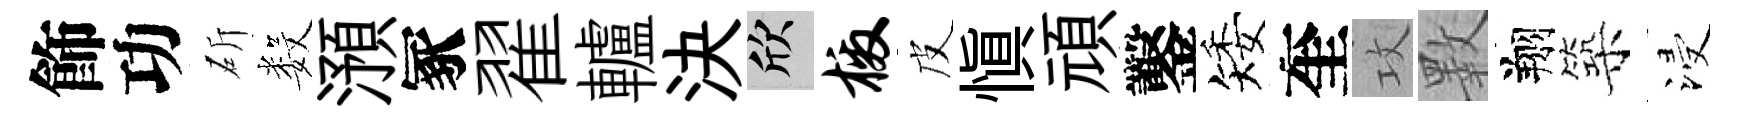
飾功斫数澦冢翟轤決欣檄皮愼頑鑿矮奎攻斁翔築浸